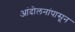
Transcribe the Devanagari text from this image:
आंदोलनांपासून